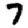
Digit: 7